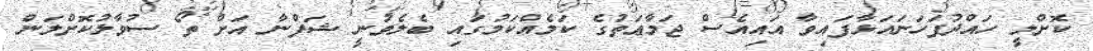
ކޮށްލީ ހައްދުފަހަނައަޅާފައިވާ އައިއެސް ޖަމާޢަތުގެ ކަމެއްކަމުގައި ބެލެވުނީ ޝަފްނާ އަށް ތޯ ސުވާލުކޮށްލަން